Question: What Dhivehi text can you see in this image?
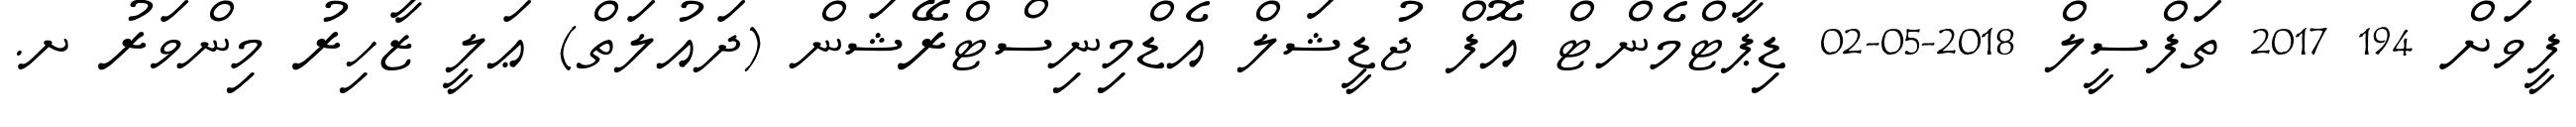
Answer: ފީވަށް 194 2017 ތަފްސީލް 2018-05-02 ޑިޕާޓްމެންޓް އޮފް ޖުޑީޝަލް އެޑްމިނިސްޓްރޭޝަން (ދައުލަތް) ޢަލީ ޒާހިރު މިންވަރު ށ.